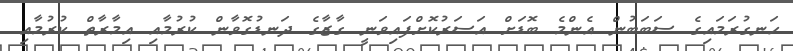
ހަނގުރަމައިގެ ސަބަބުން އެންމެ ބޮޑަށް އަސަރުކޮށްފައިވަނީ ގާޒާގެ ދަނޑުގޮވާން ކުރުމާއި އިމާރާތް ކުރުމާއި